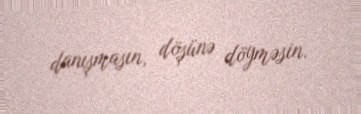
danışmasın, döşünə döyməsin.